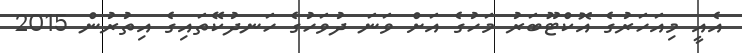
އެއީ މިއަހަރުގެ އޮކްޓޫބަރު މަހުގެ އަށް ވަނަ ދުވަހުގެ ހަނދުކޭތައިގެ އިތުރުން 2015